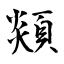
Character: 顃